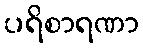
ပရိစာရဏာ